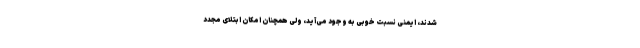
شدند، ایمنی نسبت خوبی به وجود می‌آید، ولی همچنان امکان ابتلای مجدد